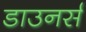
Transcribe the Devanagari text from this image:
डाउनर्स